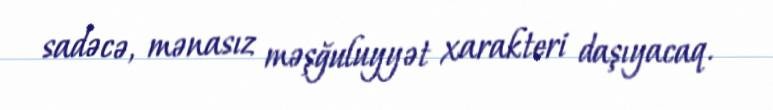
sadəcə, mənasız məşğuluyyət xarakteri daşıyacaq.